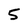
Character: 5